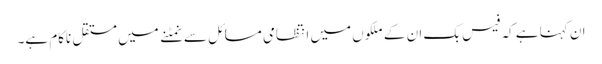
ان کہنا ہے کہ فیس بک ان کے ملکوں میں انتظامی مسائل سے نمٹنے میں مستقل ناکام ہے۔